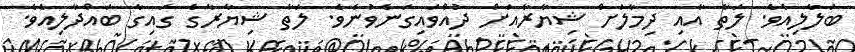
ބަލާލިއެވެ. ލަތާ އާއި ދިމާލަށް ޝިޔާރާއަށް ދުއްވައިގަނެވުނެވެ. ލަތާ ޝިޔާރާގެ ގައިގާ ބައްދާލިއެވެ.